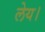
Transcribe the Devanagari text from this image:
लेय।